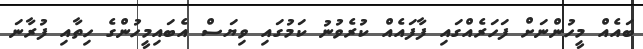
ބައެއް މީހުންނަށް ފަހަރެއްގައި ފާފައެއް ކުރެވުނު ކަމުގައި ވިޔަސް އެބައިމީހުންގެ ހިތާއި ފުރާނަ